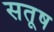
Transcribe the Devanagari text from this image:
सतूष